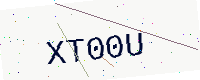
Text: XT00U